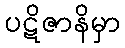
ပဋိဇာနိမှာ